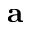
{ \bf a }